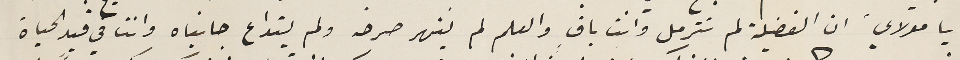
يا مولاي. ان الفضيلة لم تترمل وانت باق والعلم لم ينهر صرحه ولم يتداع جانباه وانت في قيد الحياة